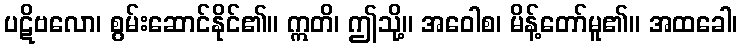
ပဋိဗလော၊ စွမ်းဆောင်နိုင်၏။ ဣတိ၊ ဤသို့။ အဝေါစ၊ မိန့်တော်မူ၏။ အထခေါ၊